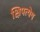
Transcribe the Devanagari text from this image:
क्षिपत्येष